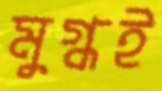
মুগ্ধই